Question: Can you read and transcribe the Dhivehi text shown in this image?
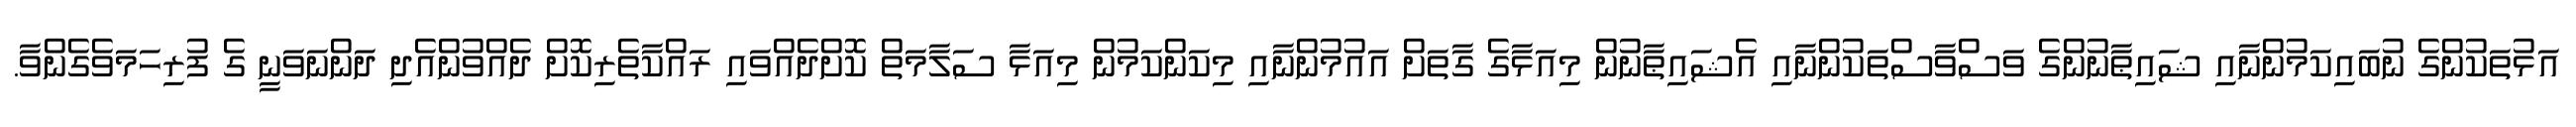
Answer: އަޅުތަކުންގެ ނުބައިކަމުންނާއި ޝައިޠާނުންގެ ވަސްވާސްތަކުންނާއި އެޝައިޠާނުން މިއަޅާގެ ގާތަށް އައުމުންނާއި މިކަންކަމުން މިއަޅާ ސަލާމަތް ކޮށްދެއްވައި ރައްކާތެރިކޮށް ދެއްވުންއެދި ދަންނަވަނީ ގެ ފުރިހަމަވެގެންވާ.